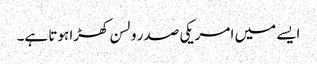
ایسے میں امریکی صدر ولسن کھڑا ہوتا ہے۔